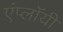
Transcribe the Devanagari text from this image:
एंप्लॉयी